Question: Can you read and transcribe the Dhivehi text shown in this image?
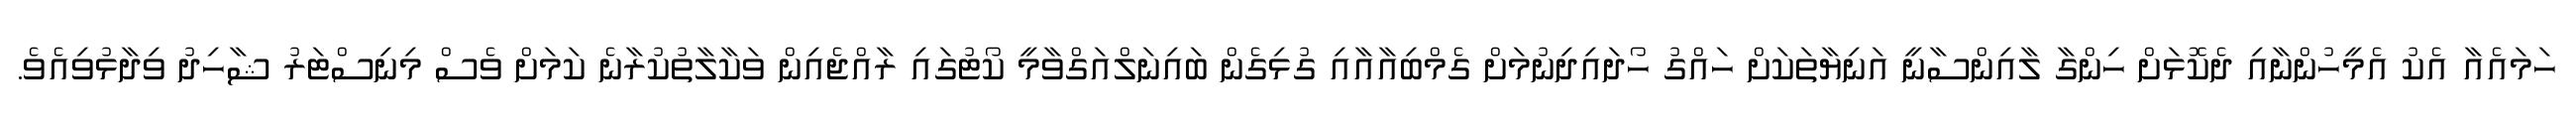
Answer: ހަމައެއާ އެކު އެމީހުންނާއި ދެކޮޅަށް ހިންގާ ލާއިންސާނީ އަނިޔާތަކަށް ހައްގު ހޯދައިދިނުމަށް ގެމްބިއާއާއި ގުޅިގެން ބައިނަލްއަގްވާމީ ކޯޓުގައި ރާއްޖެއިން ވަކާލާތުކުރާނެ ކަމަށް ވެސް މިނިސްޓަރު ޝާހިދު ވިދާޅުވިއެވެ.